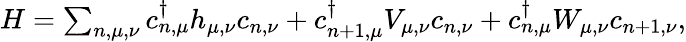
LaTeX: \begin{array}{r}{H=\sum_{n,\mu,\nu}c_{n,\mu}^{\dagger}h_{\mu,\nu}c_{n,\nu}+c_{n+1,\mu}^{\dagger}V_{\mu,\nu}c_{n,\nu}+c_{n,\mu}^{\dagger}W_{\mu,\nu}c_{n+1,\nu},}\end{array}